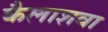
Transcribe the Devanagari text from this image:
कैलाशवा